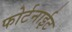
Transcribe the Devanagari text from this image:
फोर्टनाईट